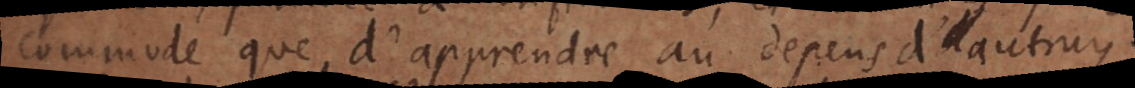
commode que d’apprendre au depens d’autruy.